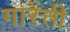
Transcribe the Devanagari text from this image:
गारेंत्ती